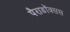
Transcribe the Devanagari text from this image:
पैराडॉक्सस